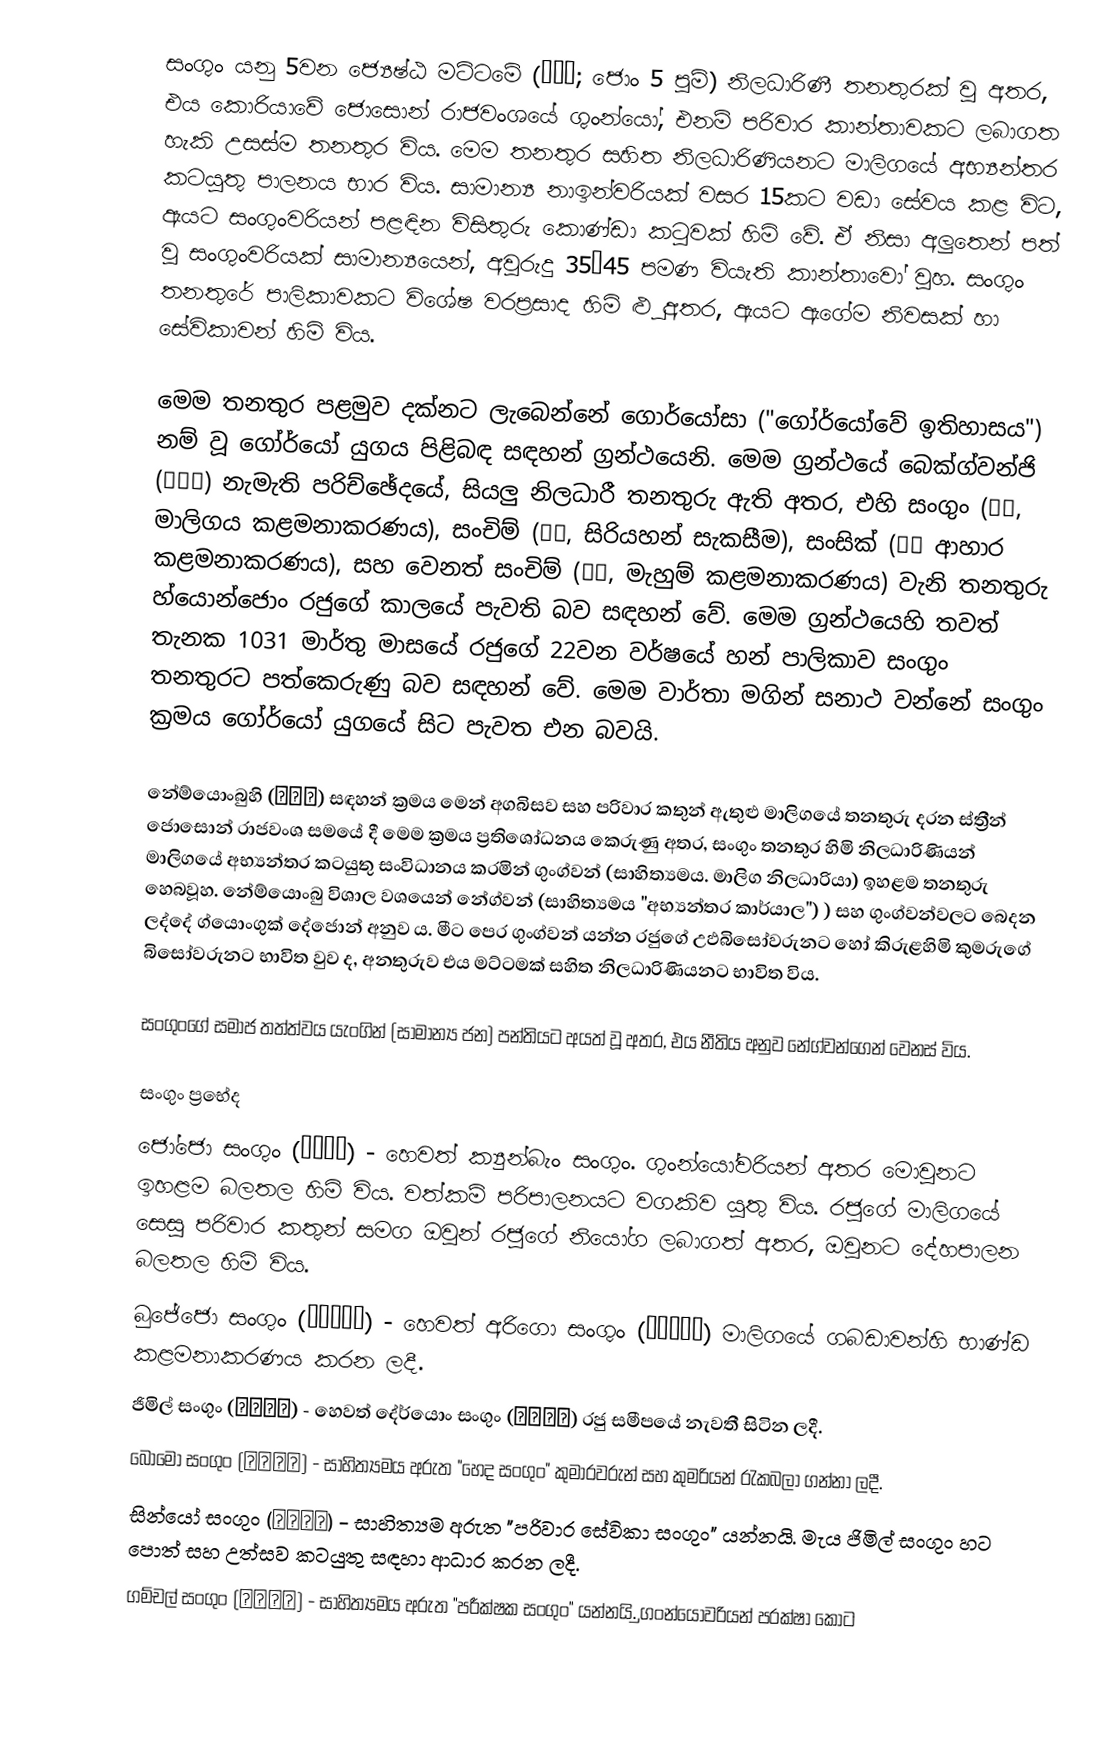
සංගුං යනු 5වන ජ්‍යෙෂ්ඨ මට්ටමේ (正五品; ජොං 5 පුම්) නිලධාරිණී තනතුරක් වූ අතර, එය කොරියාවේ ජොසොන් රාජවංශයේ ගුංන්යෝ, එනම් පරිවාර කාන්තාවකට ලබාගත හැකි උසස්ම තනතුර විය. මෙම තනතුර සහිත නිලධාරිණියනට මාලිගයේ අභ්‍යන්තර කටයුතු පාලනය භාර විය. සාමාන්‍ය නාඉන්වරියක් වසර 15කට වඩා සේවය කළ විට, ඇයට සංගුංවරියන් පළඳින විසිතුරු කොණ්ඩා කටුවක් හිමි වේ. ඒ නිසා අලුතෙන් පත් වූ සංගුංවරියක් සාමාන්‍යයෙන්, අවුරුදු 35–45 පමණ වියැති කාන්තාවෝ වූහ. සංගුං තනතුරේ පාලිකාවකට විශේෂ වරප්‍රසාද හිමි ළුූ අතර, ඇයට ඇගේම නිවසක් හා සේවිකාවන් හිමි විය.

මෙම තනතුර පළමුව දක්නට ලැබෙන්නේ ගොර්යෝසා ("ගෝර්යෝවේ ඉතිහාසය") නම් වූ ගෝර්යෝ යුගය පිළිබඳ සඳහන් ග්‍රන්ථයෙනි. මෙම ග්‍රන්ථයේ බෙක්ග්වන්ජි (百官志) නැමැති පරිච්ඡේදයේ, සියලු නිලධාරී තනතුරු ඇති අතර, එහි සංගුං (尙宮, මාලිගය කළමනාකරණය), සංචිම් (尙寢, සිරියහන් සැකසීම), සංසික් (尙食 ආහාර කළමනාකරණය), සහ වෙනත් සංචිම් (尙針, මැහුම් කළමනාකරණය) වැනි තනතුරු හ්යොන්ජොං රජුගේ කාලයේ පැවති බව සඳහන් වේ. මෙම ග්‍රන්ථයෙහි තවත් තැනක 1031 මාර්තු මාසයේ රජුගේ 22වන වර්ෂයේ හන් පාලිකාව සංගුං තනතුරට පත්කෙරුණු බව සඳහන් වේ. මෙම වාර්තා මගින් සනාථ වන්නේ සංගුං ක්‍රමය ගෝර්යෝ යුගයේ සිට පැවත එන බවයි.

නේම්යොංබුහි (內命婦) සඳහන් ක්‍රමය මෙන් අගබිසව සහ පරිවාර කතුන් ඇතුළු මාලිගයේ තනතුරු දරන ස්ත්‍රීන් ජොසොන් රාජවංශ සමයේ දී මෙම ක්‍රමය ප්‍රතිශෝධනය කෙරුණු අතර, සංගුං තනතුර හිමි නිලධාරිණියන් මාලිගයේ අභ්‍යන්තර කටයුතු සංවිධානය කරමින් ගුංග්වන් (සාහිත්‍යමය. මාලිග නිලධාරියා) ඉහළම තනතුරු හෙබවූහ. නේම්යොංබු විශාල වශයෙන් නේග්වන් (සාහිත්‍යමය "අභ්‍යන්තර කාර්යාල") ) සහ ගුංග්වන්වලට බෙදන ලද්දේ ග්යොංගුක් දේජොන් අනුව ය. මීට පෙර ගුංග්වන් යන්න රජුගේ උඵබිසෝවරුනට හෝ කිරුළහිමි කුමරුගේ බිසෝවරුනට භාවිත වුව ද, අනතුරුව එය මට්ටමක් සහිත නිලධාරිණියනට භාවිත විය.

සංගුංගේ සමාජ තත්ත්වය යැංගින් (සාමාන්‍ය ජන) පන්තියට අයත් වූ අතර, එය නීතිය අනුව නේග්වන්ගෙන් වෙනස් විය.

සංගුං ප්‍රභේද
ජෝජො සංගුං (提調尙宮) - හෙවත් ක්‍යුන්බැං සංගුං. ගුංන්යෝවරියන් අතර මොවුනට ඉහළම බලතල හිමි විය. වත්කම් පරිපාලනයට වගකිව යුතු විය. රජුගේ මාලිගයේ සෙසු පරිවාර කතුන් සමග ඔවුන් රජුගේ නියෝග ලබාගත් අතර, ඔවුනට දේහපාලන බලතල හිමි විය.
බුජේජො සංගුං (副提調尙宮) - හෙවත් අරිගො සංගුං (阿里庫尙宮) මාලිගයේ ගබඩාවන්හි භාණ්ඩ කළමනාකරණය කරන ලදී.
ජිමිල් සංගුං (至密尙宮) - හෙවත් දේර්යොං සංගුං (待令尙宮) රජු සමීපයේ නැවතී සිටින ලදී.
බොමෝ සංගුං (保姆尙宮) - සාහිත්‍යමය අරුත "හෙද සංගුං" කුමාරවරුන් සහ කුමරියන් රැකබලා ගන්නා ලදී.
සින්යෝ සංගුං (侍女尙宮) - සාහිත්‍යම අරුත "පරිවාර සේවිකා සංගුං" යන්නයි. මැය ජිමිල් සංගුං හට පොත් සහ උත්සව කටයුතු සඳහා ආධාර කරන ලදී.
ගම්චල් සංගුං (監察尙宮) - සාහිත්‍යමය අරුත "පරීක්ෂක සංගුං" යන්නයි. ුගංන්යෝවරියන් පරක්ෂා කොට